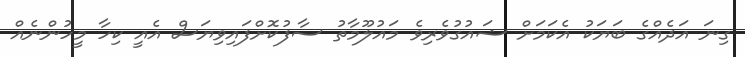
ގިނަ އަދެއްގެ ބަޔަކު އެކަމަށް ޝައުގުވެރިވެ މައުލޫމާތު ސާފުކޮށްފައިވިޔަސް އެއީ ކިހާ މީހުންނެއް